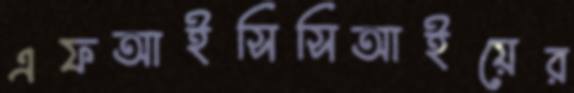
এফআইসিসিআইয়ের